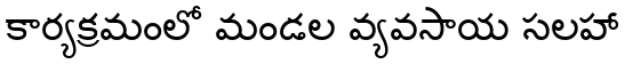
కార్యక్రమంలో మండల వ్యవసాయ సలహా